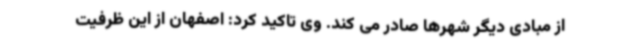
از مبادی دیگر شهرها صادر می کند. وی تاکید کرد: اصفهان از این ظرفیت